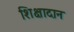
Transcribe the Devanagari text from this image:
शिक्षादान